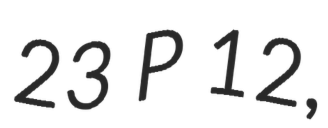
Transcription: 23 P 12,